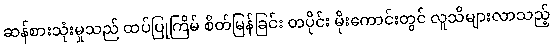
ဆန်စားသုံးမှုသည် ထပ်ပြုကြိမ် စိတ်မြန်ခြင်း တပိုင်း မိုးကောင်းတွင် လူသိများလာသည့်